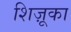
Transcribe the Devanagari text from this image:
शिज़ूका